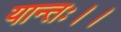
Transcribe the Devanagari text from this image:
यान्तः।।